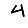
Digit: 4